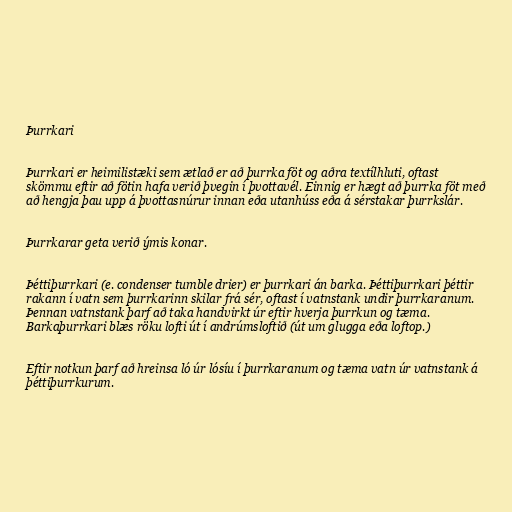
Þurrkari

Þurrkari er heimilistæki sem ætlað er að þurrka föt og aðra textílhluti, oftast
skömmu eftir að fötin hafa verið þvegin í þvottavél. Einnig er hægt að þurrka föt með
að hengja þau upp á þvottasnúrur innan eða utanhúss eða á sérstakar þurrkslár.

Þurrkarar geta verið ýmis konar.

Þéttiþurrkari (e. condenser tumble drier) er þurrkari án barka. Þéttiþurrkari þéttir
rakann í vatn sem þurrkarinn skilar frá sér, oftast í vatnstank undir þurrkaranum.
Þennan vatnstank þarf að taka handvirkt úr eftir hverja þurrkun og tæma.
Barkaþurrkari blæs röku lofti út í andrúmsloftið (út um glugga eða loftop.)

Eftir notkun þarf að hreinsa ló úr lósíu í þurrkaranum og tæma vatn úr vatnstank á
þéttiþurrkurum.